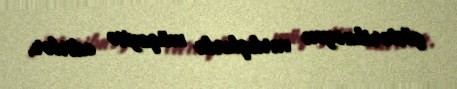
göstərilməyən varlıqlarla müqayisə edirlər.